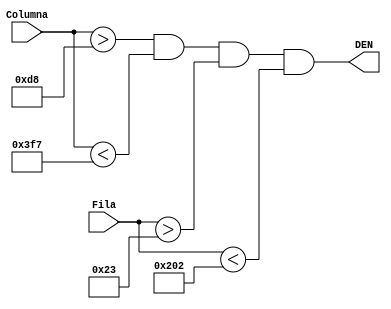
module GeneradorDen(
    input [10:0] Columna,
    input [9:0] Fila,
    output DEN
);

assign DEN = Columna > 11'd216 && Columna < 11'd1015 && Fila > 10'd35 && Fila < 10'd514;

endmodule